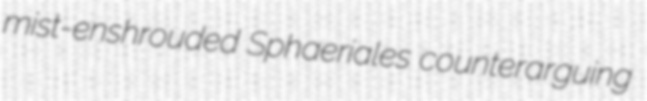
mist-enshrouded Sphaeriales counterarguing